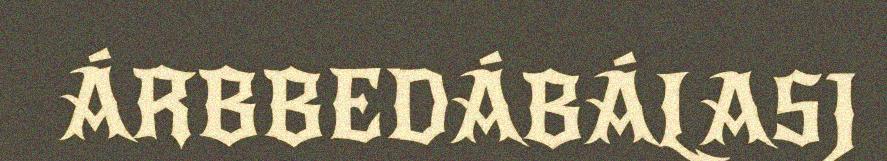
ÁRBBEDÁBÁLASJ